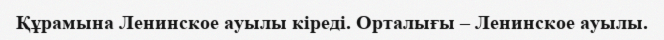
Құрамына Ленинское ауылы кіреді. Орталығы – Ленинское ауылы.